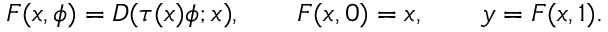
F ( x , \phi ) = D ( \tau ( x ) \phi ; x ) , \qquad F ( x , 0 ) = x , \qquad y = F ( x , 1 ) .